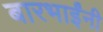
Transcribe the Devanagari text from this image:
बारभाईंनी